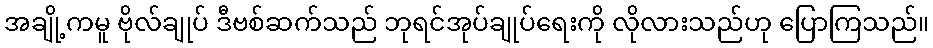
အချို့ကမူ ဗိုလ်ချုပ် ဒီဗစ်ဆက်သည် ဘုရင်အုပ်ချုပ်ရေးကို လိုလားသည်ဟု ပြောကြသည်။